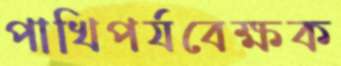
পাখিপর্যবেক্ষক